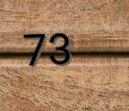
73